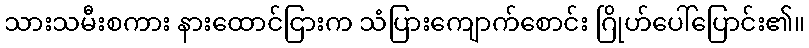
သားသမီးစကား နားထောင်ငြားက သံပြားကျောက်စောင်း ဂြိုဟ်ပေါ်ပြောင်း၏။